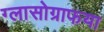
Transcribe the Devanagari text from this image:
ग्लासोग्राफया